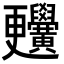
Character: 𪏬